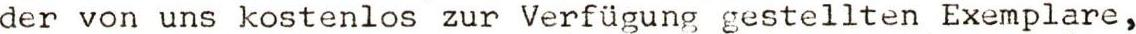
der von uns kostenlos zur Verfügung gestellten Exemplare,